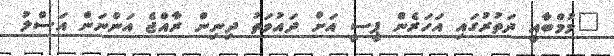
"މުމްބާއީ ދަތުރުގައި އަހަރެން ޕީސީ އަށް ދައުވަތު ދިނިން ރާއްޖެ އަންނަން އަސްލު